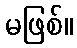
မဖြစ်။